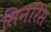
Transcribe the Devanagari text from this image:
सिनरिस